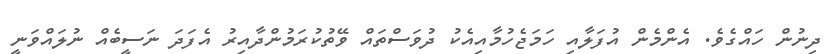
ދިނުން ހައްގެވެ. އެންމެން އުފަލާއި ހަމަޖެހުމާއިއެކު ދުވަސްތައް ވޭތުކުރަމުންދާއިރު އެފަދަ ނަސީބެއް ނުލައްވަނީ